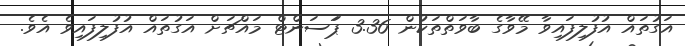
އަގުތައް އުފުލިފައިވާ މޭވާގެ ބާވަތްތަކުން 3.36 ޕަަސަންޓް މައްޗަށް އަގުތައް އުފުލިފައިވެ އެވެ.